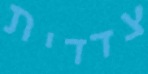
צדדית